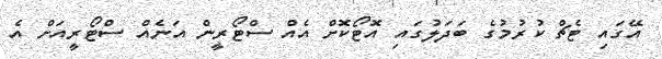
އޭގައި ޓެޗް ކުރުމުގެ ބަދަލުގައި އޮޓޯކޮށް އެއް ސްޓޯރީން އަނެއް ސްޓޯރީއަށް އެ